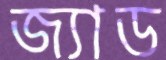
জ্যাড